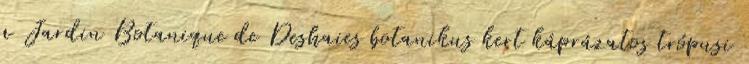
a Jardin Botanique de Deshaies botanikus kert káprázatos trópusi